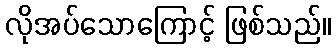
လိုအပ်သောကြောင့် ဖြစ်သည်။